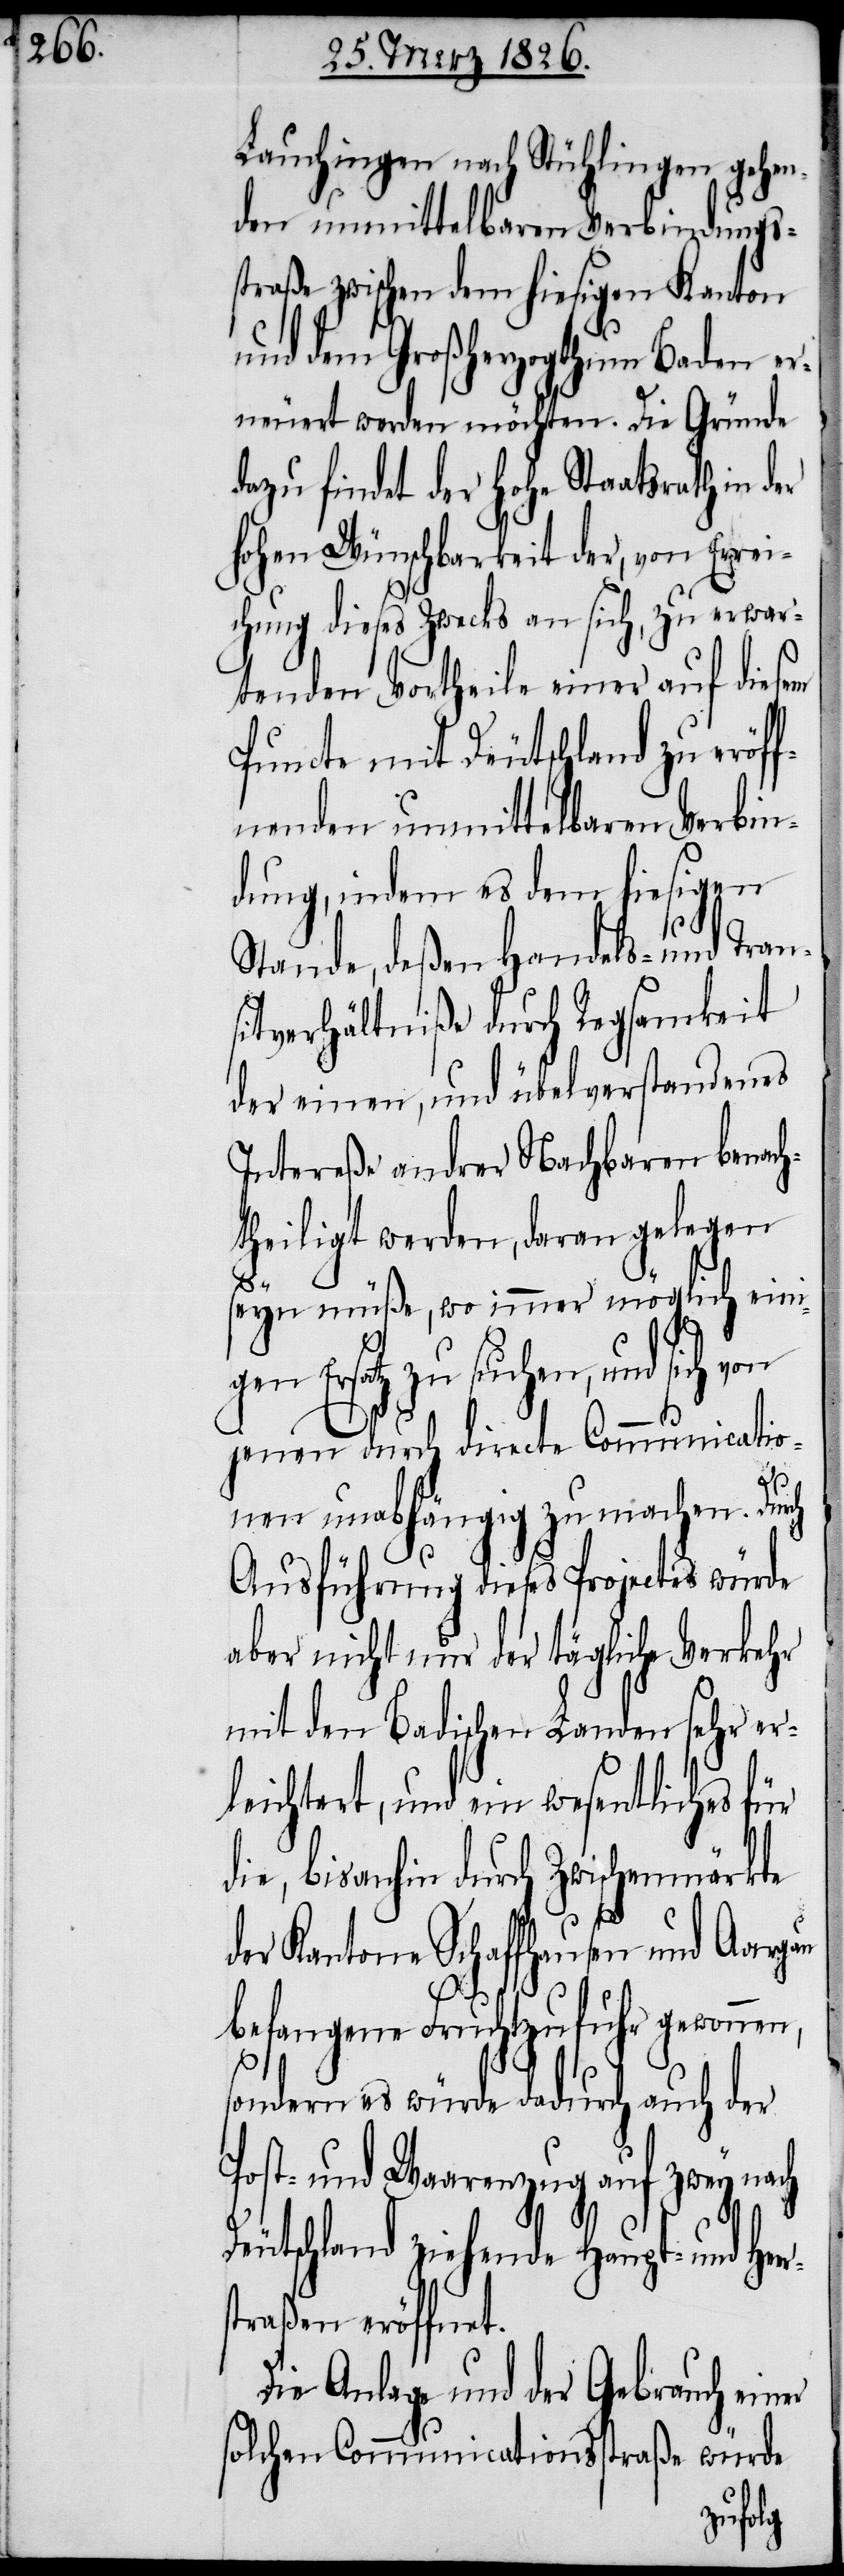
Lauchingen nach Stühlingen gehen¬
den unmittelbaren Verbindungs¬
straße zwischen dem hiesigen Kanton
und dem Großherzogthum Baden er¬
neuert werden möchten. Die Gründe
dazu findet der hohe Staatsrath in der
hohen Wünschbarkeit der, von Errei¬
chung dieses Zwecks an sich, zu erwar¬
tenden Vortheile einer auf diesem
Puncte mit Deutschland zu eröf¬
fnenden unmittelbaren Verbin¬
dung, indem es dem hiesigen
Stande, deßen Handels- und Tran¬
sitverhältniße durch Regsamkeit
der einen, und übelverstandenes
Intereße andrer Nachbaren benach¬
theiligt werden, daran gelegen
seyn müße, wo immer möglich ein¬
en Ersatz zu suchen, und sich von
jenen durch directe Communicatio¬
nen unabhängig zu machen. Durch
Ausführung dieses Projectes würde
aber nicht nur der tägliche Verkehr
mit den Badischen Landen sehr er¬
leichtert, und ein wesentliches für
die, bisanhin durch Zwischenmärkte
ers¬
der Kantone Schaffhausen und Aargau
befangene Fruchtzufuhr gewonnen,
sondern es würde dadurch auch der
Post- und Waarenzug auf zwey nach
Deutschland ziehende Haupt- und He¬
traßen eröffnet.
Die Anlage und der Gebrauch einer
solchen Communiationsstraße würde